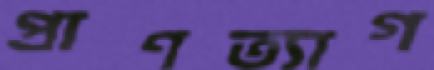
প্রাণত্যাগ